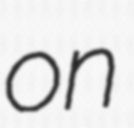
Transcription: on